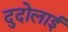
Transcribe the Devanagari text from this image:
दुदोलाई